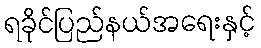
ရခိုင်ပြည်နယ်အရေးနှင့်